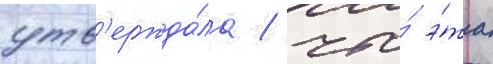
утв'ержда́ла / что́ э́та